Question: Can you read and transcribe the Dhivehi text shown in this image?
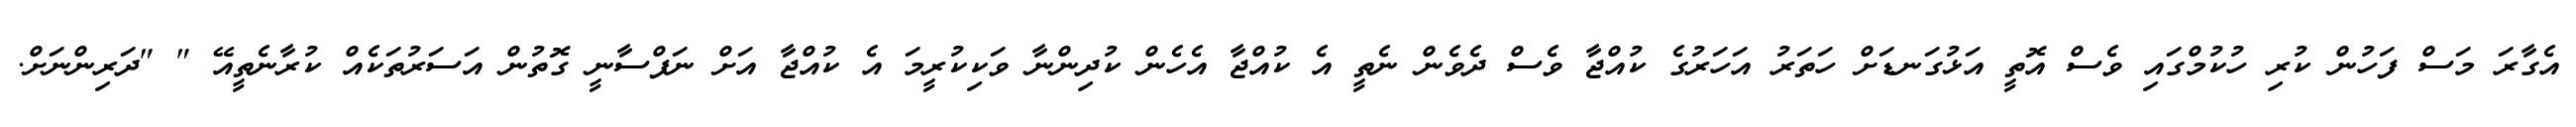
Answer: އެގާރަ މަސް ފަހުން ކުރި ހުކުމްގައި ވެސް އޮތީ އަޅުގަނޑަށް ހަތަރު އަހަރުގެ ކުއްޖާ ވެސް ދެވެން ނެތީ އެ ކުއްޖާ އެހެން ކުދިންނާ ވަކިކުރީމަ އެ ކުއްޖާ އަށް ނަފްސާނީ ގޮތުން އަސަރުތަކެއް ކުރާނެތީއޭ " "ދަރިންނަށް.